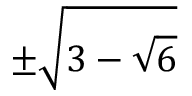
\pm \sqrt { 3 - \sqrt { 6 } }